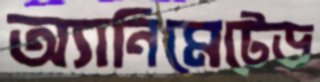
অ্যানিমেটেড